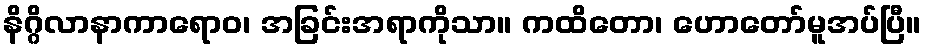
နိဂ္ဂိလာနာကာရောဝ၊ အခြင်းအရာကိုသာ။ ကထိတော၊ ဟောတော်မူအပ်ပြီ။